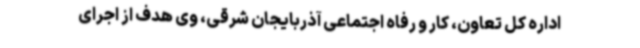
اداره کل تعاون، کار و رفاه اجتماعی آذربایجان شرقی، وی هدف از اجرای